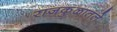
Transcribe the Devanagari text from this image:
राजकुळातले